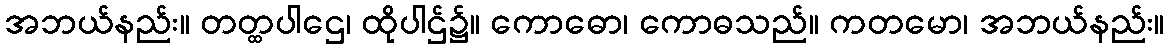
အဘယ်နည်း။ တတ္ထပါဌေ၊ ထိုပါဌ်၌။ ကောဓော၊ ကောဓသည်။ ကတမော၊ အဘယ်နည်း။